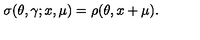
\sigma ( \theta , \gamma ; x , \mu ) = \rho ( \theta , x + \mu ) .